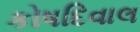
કોષદિવાલ